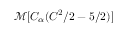
\mathcal { M } [ C _ { \alpha } ( C ^ { 2 } / 2 - 5 / 2 ) ]